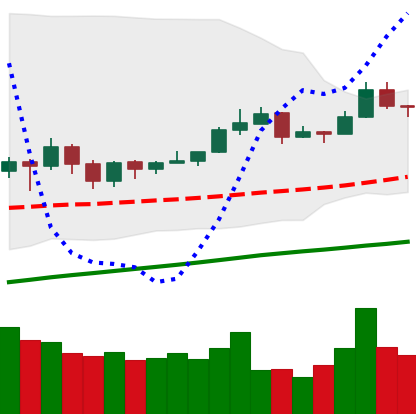
Ticker: EOS-USD
Chart end date: 2019-06-24
Forward return: -11.44%
Label: down_7plus